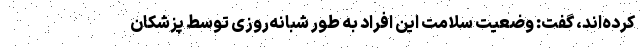
کرده‌اند، گفت: وضعیت سلامت این افراد به طور شبانه‌روزی توسط پزشکان